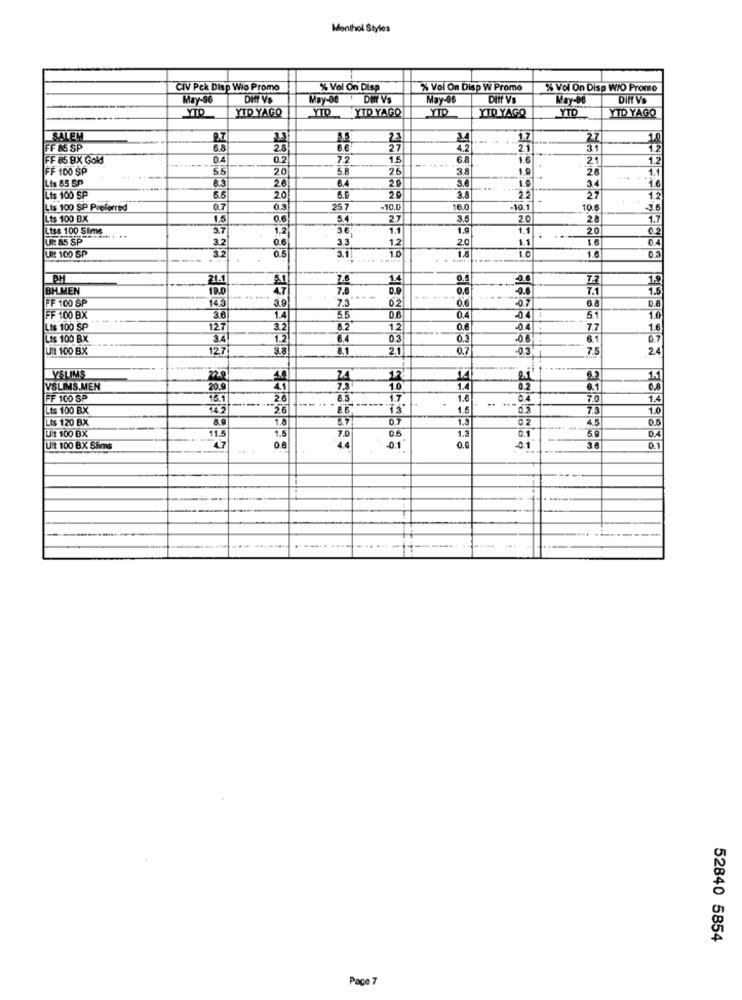
Monthol Styles
CIV Pck Disp Wio Promo
% Vol On Disp
% Vol On Disp W Promo
% Vol On Disp W/O Promo
May-96
Dift VS
May-00 DIY VS
May-96
May-06
Diff V's
YTP
YTD YAGO
YID YTD YAGO
MTD
YTD YAGO
YTD
YTD YAGO
SALEN
23
1.7
27
FF 85 SP
B.8
28
27
4.2
21
31
12
FF 85 8X Gold
0.4
02
7.2
1.5
21
1.2
FF 100 SP
6.5
20
5.8
26
-. ....
1.9
26
1.1
Lis 85 SP
20
20
3.6
19
34
1.6
6.4
Lts 100 SP
20
20
2.2
-
27
1.2
Lts 100 SP Preferred
0.7
0.3
257
-10,0
16.0
-10.1
10.6
Lts 100 BX
1.5
0.6
5.4
2.7
3.5
20
28
1.7
Liss 100 Sims
36%
1.1
1.9
1.1
20
0.2
UR: 85 SP
3.2
0.6
3.3
1.2
2.0
1.1
1.6
1.0
1.8
Ult 100 SP
3.2
0.5
3.1
1.0
1.6
21.1
1.4
0.
:0.6
1.5
BHMEN
19.0
4.7
0.9
0.6
-0.0
7.1
1.5
FF 100 SP
14.3
3.9
7.3
02
0.6
07
-04 1
FF 100 BX
36
1.4
5.5
0.4
51
1.0
Lis 100 SP
127
3.2
12
0.6
-04 .
77
1.6
Lts 100 BX
3.4
1.2
8.4
03
-0.6
61
0.7
Uit 100 BX
127
3.8.
8.1
21
0.7
-0.3.
7.5
24
YSLIMS
40
74
12
21
14
VSLIMS.MEN
20.9
4.1
7.8
1.0
02
0.8
FF 100 SP
16.1
26
8.3
1.7
1.6
..
04
7.0
1.4
Lts 100 BX
26
8.6
13
1.5
0.3
7.3
1.0
Lis 120 BX
1.6
D.7
1.3
4.5
0.5
1.5
0.5
1.3
0.1
---
59
Uit 100 BX
11.5
7.0
Uit 100 BX Sims
0.8
4.4
01
-0.1
36
0.1
52840 5854
Pace 7